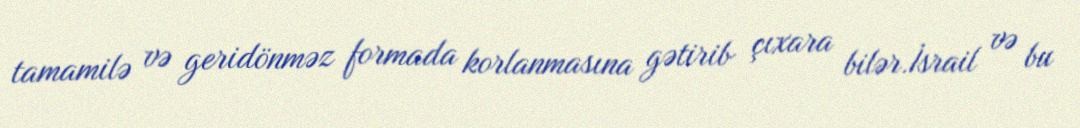
tamamilə və geridönməz formada korlanmasına gətirib çıxara bilər.İsrail və bu